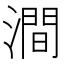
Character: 澗